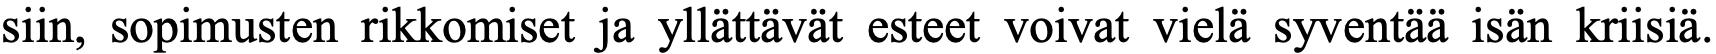
siin, sopimusten rikkomiset ja yllättävät esteet voivat vielä syventää isän kriisiä.